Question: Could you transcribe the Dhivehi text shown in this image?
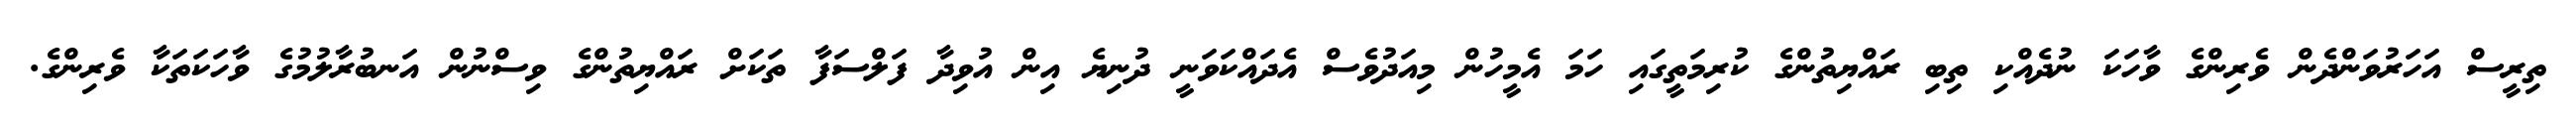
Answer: ތިރީސް އަހަރުވަންދެން ވެރިންގެ ވާހަކަ ނުދެއްކި ތިބި ރައްޔިތުންގެ ކުރިމަތީގައި ހަމަ އެމީހުން މިއަދުވެސް އެދައްކަވަނީ ދުނިޔެ އިން އުވިދާ ފަލްސަފާ ތަކަށް ރައްޔިތުންގެ ވިސްނުން އަނބުރާލުމުގެ ވާހަކަތަކާ ވެރިންގެ.